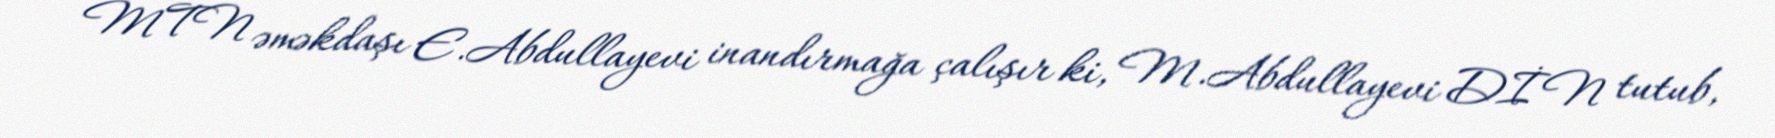
MTN əməkdaşı E.Abdullayevi inandırmağa çalışır ki, M.Abdullayevi DİN tutub,